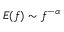
E ( f ) \sim f ^ { - \alpha }